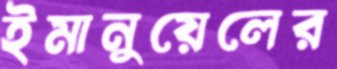
ইমানুয়েলের